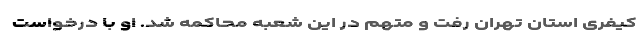
کیفری استان تهران رفت و متهم در این شعبه محاکمه شد. او با درخواست